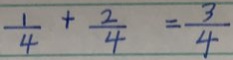
\frac { 1 } { 4 } + \frac { 2 } { 4 } = \frac { 3 } { 4 }